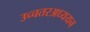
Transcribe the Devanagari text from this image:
उच्चतरअध्ययन